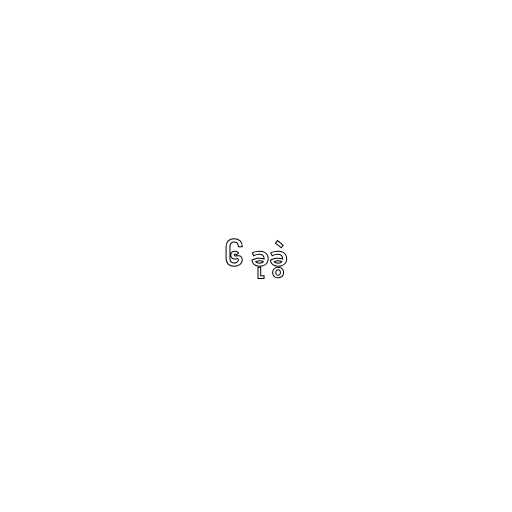
၆ ခုခွဲ